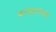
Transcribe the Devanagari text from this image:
कपतानच्या